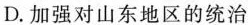
D. 加强对山东地区的统治